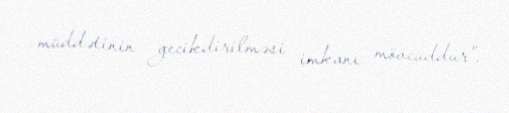
müddətinin gecikdirilməsi imkanı mövcuddur".